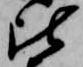
比